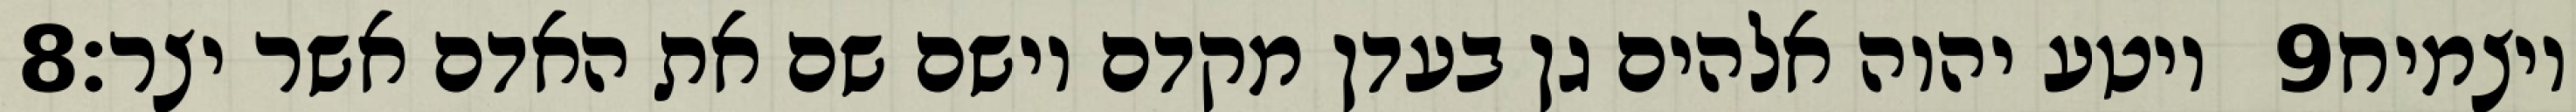
‎8‏ ויטע יהוה אלהים גן בעדן מקדם וישם שם את האדם אשר יצר׃ ‎9‏ ויצמיח